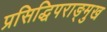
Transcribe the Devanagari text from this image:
प्रसिद्धिपराङ्‍मुख